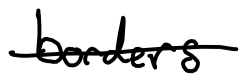
Text: borders
Cross-out: single-line
Writing tool: digital_black